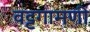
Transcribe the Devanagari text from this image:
वट्टगामणी